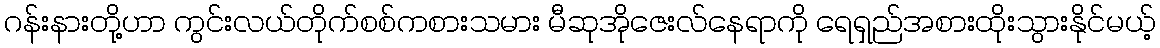
ဂန်းနားတို့ဟာ ကွင်းလယ်တိုက်စစ်ကစားသမား မီဆုအိုဇေးလ်နေရာကို ရေရှည်အစားထိုးသွားနိုင်မယ့်